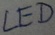
Text: LED